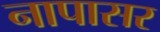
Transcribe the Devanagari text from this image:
नापासर